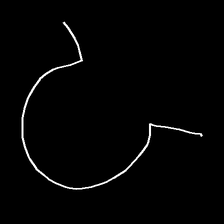
Glyph: weave